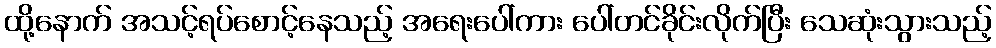
ထို့နောက် အသင့်ရပ်စောင့်နေသည့် အရေးပေါ်ကား ပေါ်တင်ခိုင်းလိုက်ပြီး သေဆုံးသွားသည့်